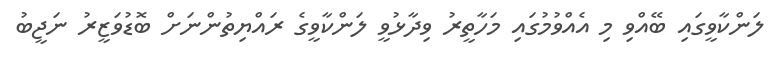
ލަންކާވީގައި ބޭއްވި މި އެއްވުމުގައި މަހާތީރު ވިދާޅުވީ ލަންކާވީގެ ރައްޔިތުންނަށް ބޮޑުވަޒީރު ނަޖީބު